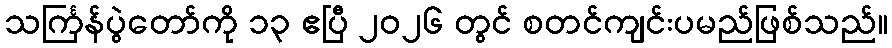
သင်္ကြန်ပွဲတော်ကို ၁၃ ဧပြီ ၂၀၂၆ တွင် စတင်ကျင်းပမည်ဖြစ်သည်။